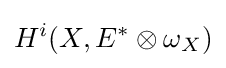
H^{i}(X,E^{*}\otimes \omega _{X})